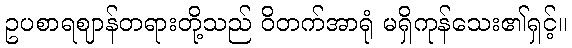
ဥပစာရဈာန်တရားတို့သည် ဝိတက်အာရုံ မရှိကုန်သေး၏ရှင့်။